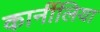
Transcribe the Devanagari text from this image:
कार्नीलिया